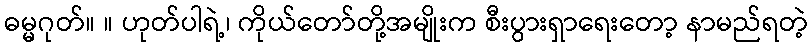
ဓမ္မဂုတ်။ ။ ဟုတ်ပါရဲ့၊ ကိုယ်တော်တို့အမျိုးက စီးပွားရှာရေးတော့ နာမည်ရတဲ့